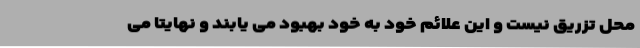
محل تزریق نیست و این علائم خود به خود بهبود می یابند و نهایتا می